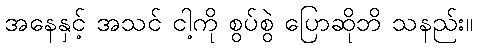
အနေနှင့် အသင် ငါ့ကို စွပ်စွဲ ပြောဆိုဘိ သနည်း။